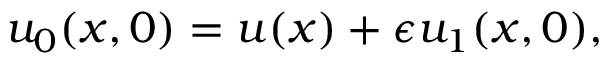
u _ { 0 } ( x , 0 ) = u ( x ) + \epsilon u _ { 1 } ( x , 0 ) ,